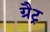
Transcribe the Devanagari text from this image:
ग्रैट्र